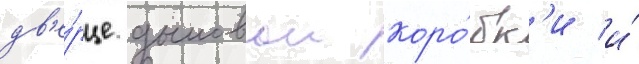
дв'е́рце дымовои коро́бк'и и́